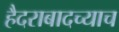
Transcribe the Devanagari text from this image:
हैदराबादच्याच